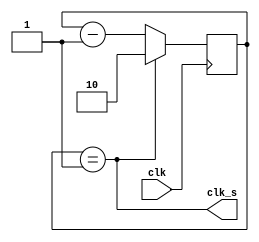
`timescale 1ns / 1ps
//////////////////////////////////////////////////////////////////////////////////
// Company: 
// Engineer: 
// 
// Design Name: 
// Module Name:    clk_25M 
// Project Name: 
// Target Devices: 
// Tool versions: 
// Description: 
//
// Dependencies: 
//
// Revision: 
// Revision 0.01 - File Created
// Additional Comments: 
//
//////////////////////////////////////////////////////////////////////////////////
module clk_25M(
	clk, 
	clk_s
	);
	
//=============Input Ports=============================
	input 	clk;	// Reloj del sistema
	
	
//=============Output Ports===========================
	output 	clk_s;	// Reloj de salida
	
//=============Input ports Data Type===================
	wire 	clk;
	
	
//=============Output Ports Data Type==================
	reg 	clk_s;
	
//=============Internal Variables======================
	reg 	[1:0] cnt = 2'd2;
	
//==========Code startes Here==========================
	always @(posedge clk)
		if(clk_s)
			cnt <= 2'd2;
		else
			cnt <= cnt - 2'd1;
	
	// Condicin de finalizacin
	always @(*)
		clk_s <= (cnt == 2'd1);
		
endmodule